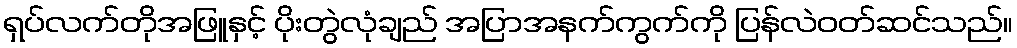
ရှပ်လက်တိုအဖြူနှင့် ပိုးတွဲလုံချည် အပြာအနက်ကွက်ကို ပြန်လဲဝတ်ဆင်သည်။